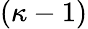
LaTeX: (\kappa-1)